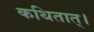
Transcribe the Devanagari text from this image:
कथितात्।